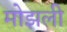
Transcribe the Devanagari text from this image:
मोझली